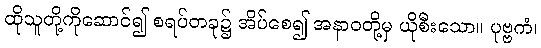
ထိုသူတို့ကိုဆောင်၍ စရပ်တခု၌ အိပ်စေ၍ အနာဝတို့မှ ယိုစီးသော။ ပုဗ္ဗကံ၊